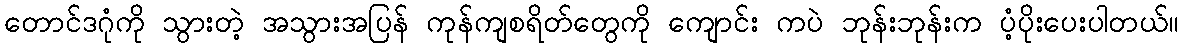
တောင်ဒဂုံကို သွားတဲ့ အသွားအပြန် ကုန်ကျစရိတ်တွေကို ကျောင်း ကပဲ ဘုန်းဘုန်းက ပံ့ပိုးပေးပါတယ်။